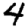
Digit: 4